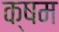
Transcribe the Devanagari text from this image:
क्षम